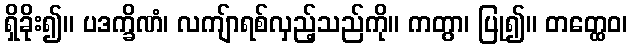
ရှိခိုး၍။ ပဒက္ခိဏံ၊ လကျ်ာရစ်လှည့်သည်ကို။ ကတွာ၊ ပြု၍။ တတ္ထေဝ၊